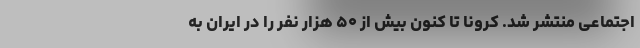
اجتماعی منتشر شد. کرونا تا کنون بیش از ۵۰ هزار نفر را در ایران به